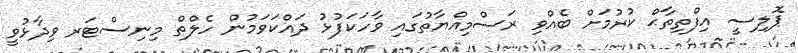
ޕޮލިސީ އިފްތިތާޙް ކުރުމަށް ބެއްވި ރަސްމިއްޔާތުގައި ވާހަކަފުޅު ދައްކަވަމުން ހެލްތް މިނިސްޓަރ ވިދާޅުވީ